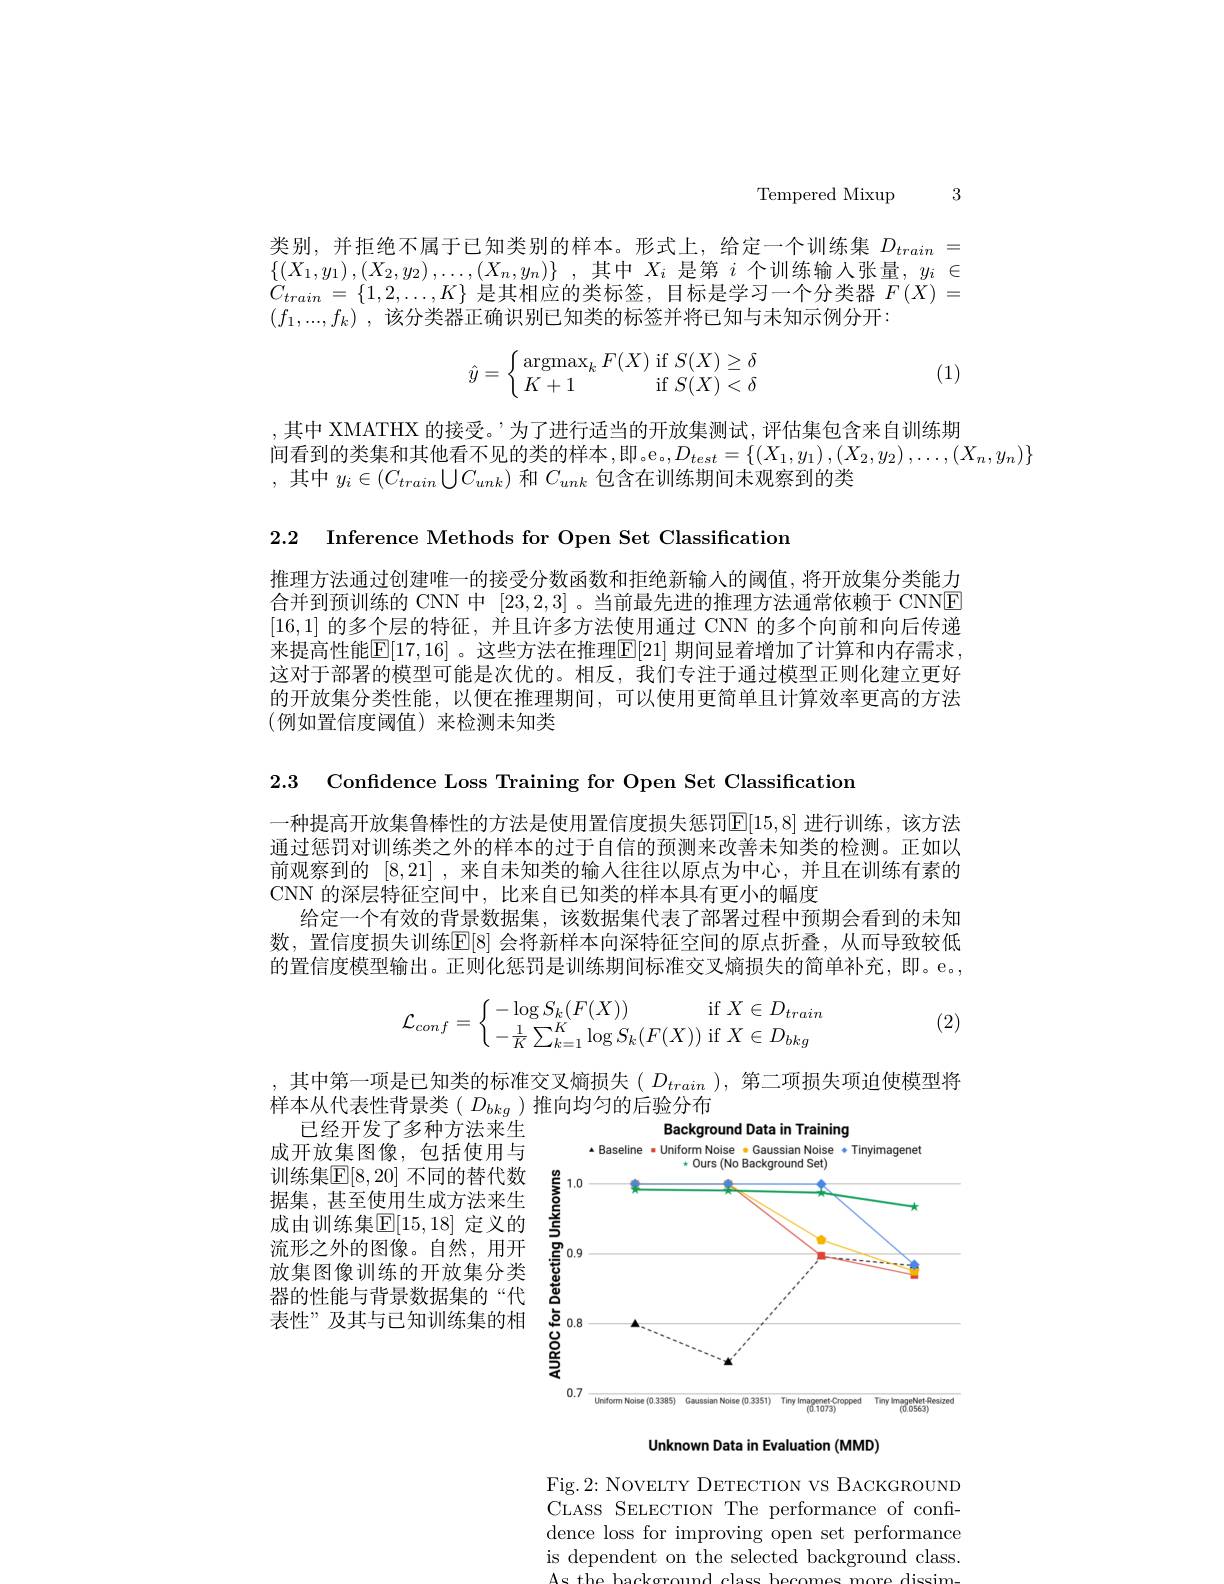
Tempered Mixup 3

类别，并拒绝不属于已知类别的样本。形式上，给定一个训练集$D_{train}=$ $\{ ( X_{1}, y_{1}) , ( X_{2}, y_{2}) , \ldots , ( X_{n}, y_{n}) \}$ ,其中$X_i$ 是第$i$个训练输入张量$,y_i\in$ $\begin{array}{ll}{C_{train}=\{1,2,\ldots,K\}}&{\text{是其相应的类标签，目标是学习一个分类器 }F(X)=}\\{C_{train}=\{1,2,\ldots,K\}}&{\text{是其相应的类标签，目标是学习一个分类器 }F(X)=}\end{array}$ $( f_1, . . . , f_k)$ ,该分类器正确识别已知类的标签并将已知与未知示例分开：
$$\hat{y}=\left\{\begin{array}{ll}\operatorname{argmax}_kF(X)\:\mathrm{if}\:S(X)\geq\delta\\K+1\:\mathrm{if}\:S(X)<\delta\end{array}\right.$$
(1)

,其中 XMATHX 的接受。’为了进行适当的开放集测试，评估集包含来自训练期
间看到的类集和其他看不见的类的样本，即。e$_{\circ},D_{test}=\left\{\left(X_1,y_1\right),\left(X_2,y_2\right),\ldots,\left(X_n,y_n\right)\right\}$
,其中$y_i\in(C_{train}\bigcup C_{unk})$和$C_unk$包含在训练期间未观察到的类

2.2 Inference Methods for Open Set Classification

推理方法通过创建唯一的接受分数函数和拒绝新输人的阈值，将开放集分类能力合并到预训练的 CNN 中[23,2,3] 。当前最先进的推理方法通常依赖于 CNNE [16,1]的多个层的特征，并且许多方法使用通过 CNN 的多个向前和向后传递来提高性能$\mathbb{E}[17,16]$ 。这些方法在推理$\mathbb{E}[21]$ 期间显着增加了计算和内存需求， 这对于部署的模型可能是次优的。相反，我们专注于通过模型正则化建立更好的开放集分类性能，以便在推理期间，可以使用更简单且计算效率更高的方法(例如置信度阈值)来检测未知类

2.3 Confidence Loss Training for Open Set Classification

一种提高开放集鲁棒性的方法是使用置信度损失惩罚$\overline{\mathbb{E}}[15,8]$ 进行训练，该方法通过惩罚对训练类之外的样本的过于自信的预测来改善未知类的检测。正如以前观察到的[8,21] ,来自未知类的输入往往以原点为中心，并且在训练有素的CNN 的深层特征空间中，比来自已知类的样本具有更小的幅度
给定一个有效的背景数据集，该数据集代表了部署过程中预期会看到的未知数，置信度损失训练$\mathbb{E}[8]$ 会将新样本向深特征空间的原点折叠，从而导致较低的置信度模型输出。正则化惩罚是训练期间标准交叉熵损失的简单补充，即。e.,

(2)
$$\mathcal{L}_{conf}=\left\{\begin{matrix}-\log S_k(F(X))&\text{if}X\in D_{train}\\-\frac{1}{K}\sum_{k=1}^K\log S_k(F(X))&\text{if}X\in D_{bkg}\end{matrix}\right.$$
,其中第一项是已知类的标准交叉熵损失$(D_{train})$, 第二项损失项迫使模型将
样本从代表性背景类( $D_{bkg}$ )推向均匀的后验分布
已经开发了多种方法来生
Background Data in Training

*Baseline - Uniform Noise $\bullet$Gaussian Noise +Tinyimagenet
<FigureHere>

成开放集图像，包括使用与训练集$\mathbb{E}[8,20]$ 不同的替代数据集，甚至使用生成方法来生成由训练集$\mathbb{E}[15,18]$ 定义的流形之外的图像。自然，用开放集图像训练的开放集分类器的性能与背景数据集的“代表性”及其与已知训练集的相

Unknown Data in Evaluation (MMD)

Fig.2: NOVELTY DETECTION VS BACKGROUND CLASS SELECTION The performance of confidence loss for improving open set performance is dependent on the selected background class.
tho hackoround $c$lase bocomos moro dissim